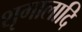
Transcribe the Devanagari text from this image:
शृगालादि